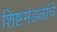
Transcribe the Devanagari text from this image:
शिष्टमंडळांचे